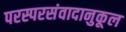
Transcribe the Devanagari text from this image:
परस्परसंवादानुकूल